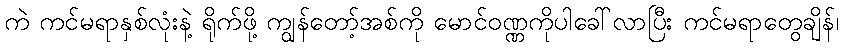
ကဲ ကင်မရာနှစ်လုံးနဲ့ ရိုက်ဖို့ ကျွန်တော့်အစ်ကို မောင်ဝဏ္ဏကိုပါခေါ်လာပြီး ကင်မရာတွေချိန်၊